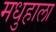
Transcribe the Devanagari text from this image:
मधुहाला